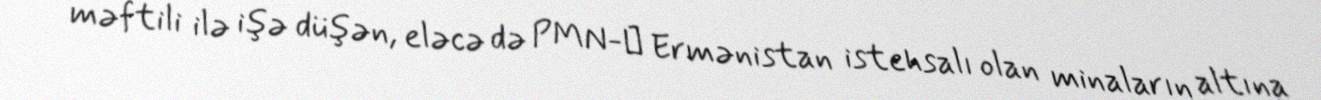
məftili ilə işə düşən, eləcə də PMN-Э Ermənistan istehsalı olan minaların altına